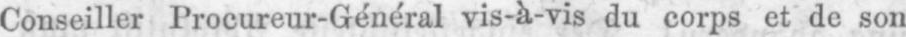
Conseiller Procureur-Général vis-à-vis du corps et de son